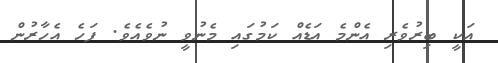
އަކީ ބިރުވެރި އެންމެ އަޑެއް ކަމުގައި މެނުވީ ނުވެއެވެ. ފަހެ އެހާރުން